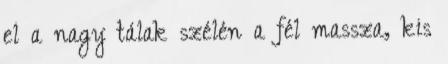
el a nagy tálak szélén a fél massza, kis